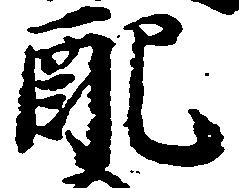
配